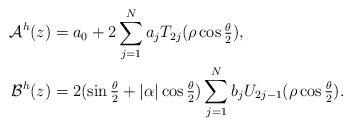
LaTeX: \begin{align*}\mathcal{A}^h(z) & = a_0+2\sum_{j=1}^N a_j T_{2j}(\rho \cos \tfrac\theta2), \\\mathcal{B}^h(z) & = 2 (\sin\tfrac\theta2 + |\alpha| \cos\tfrac\theta2) \sum_{j=1}^N b_j U_{2j-1}(\rho \cos \tfrac\theta2).\end{align*}